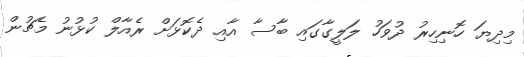
މިދިޔަ ހޮނިހިރު ދުވަހު ލަލީގާގައި ބާސާ އާއި ދެކޮޅަށް ރެއާލް ކުޅުނު މެޗުން